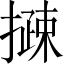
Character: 𢵽